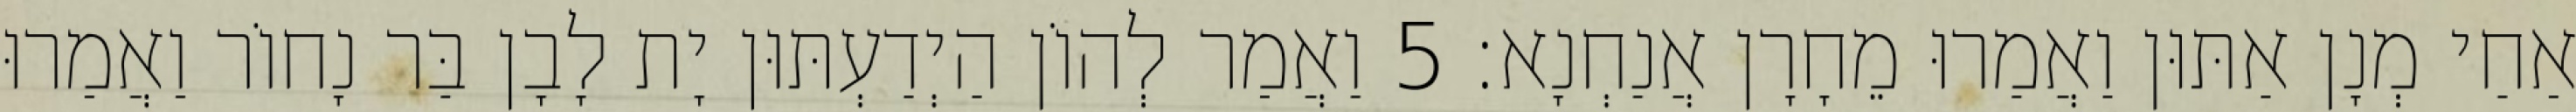
אַחַי מְנָן אַתּוּן וַאֲמַרוּ מֵחָרָן אֲנַחְנָא׃ 5 וַאֲמַר לְהוֹן הַיְדַעְתּוּן יָת לָבָן בַּר נָחוֹר וַאֲמַרוּ